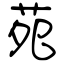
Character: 苑